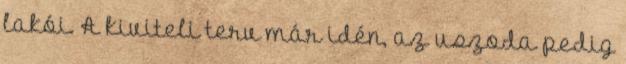
lakói. A kiviteli terv már idén, az uszoda pedig